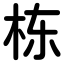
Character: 栋